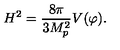
H ^ { 2 } = \frac { 8 \pi } { 3 M _ { p } ^ { 2 } } V ( \varphi ) .